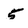
Character: 5